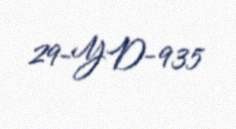
29-YD-935